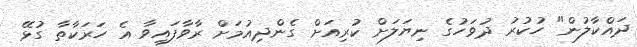
ދައްކާލުން" ހުކުރު ދުވަހުގެ ނިޔަލަށް ކުރިއަށް ގެންދިއުމަށް ރާވާފައިވާ އެ ހަރަކާތާ ގުޅޭ